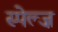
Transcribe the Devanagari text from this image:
स्पेल्ज़